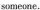
someone.